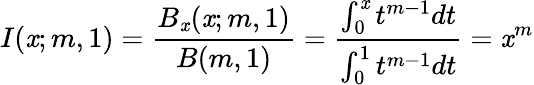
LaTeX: I(\mathit{x};m,1)=\frac{{B_{\mathit{x}}(\mathit{x};m,1)}}{{B(m,1)}}=\frac{{\int_{0}^{\mathit{x}}t^{m-1}dt}}{{\int_{0}^{1}t^{m-1}dt}}=\mathit{x}^{m}